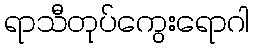
ရာသီတုပ်ကွေးရောဂါ